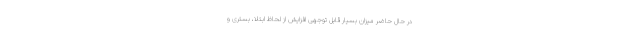
در حال حاضر میزان بسیار قابل توجهی افزایش از لحاظ ابتلا، بستری و